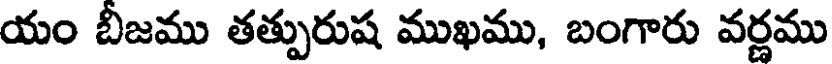
యం బిజము తత్పురుష ముఖము, బంగారు వర్ణము